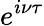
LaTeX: e^{i\nu\tau}